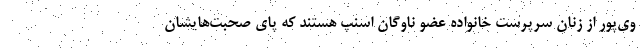
وی‌پور از زنان سرپرست خانواده عضو ناوگان اسنپ هستند که پای صحبت‌هایشان